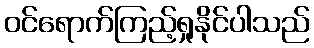
ဝင်ရောက်ကြည့်ရှုနိုင်ပါသည်